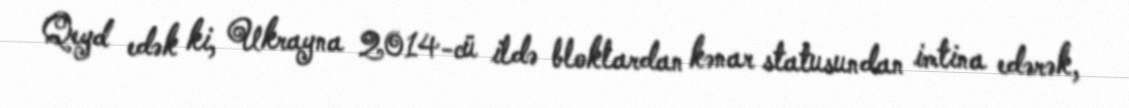
Qeyd edək ki, Ukrayna 2014-cü ildə bloklardan kənar statusundan imtina edərək,